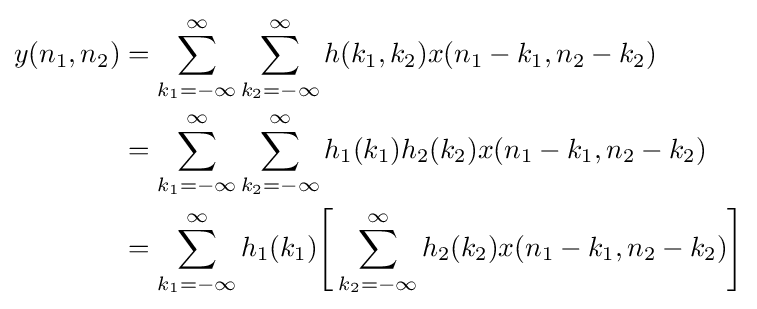
{\begin{aligned}y(n_{1},n_{2})&=\sum _{k_{1}=-\infty }^{\infty }\sum _{k_{2}=-\infty }^{\infty }h(k_{1},k_{2})x(n_{1}-k_{1},n_{2}-k_{2})\\&=\sum _{k_{1}=-\infty }^{\infty }\sum _{k_{2}=-\infty }^{\infty }h_{1}(k_{1})h_{2}(k_{2})x(n_{1}-k_{1},n_{2}-k_{2})\\&=\sum _{k_{1}=-\infty }^{\infty }h_{1}(k_{1}){\Bigg [}\sum _{k_{2}=-\infty }^{\infty }h_{2}(k_{2})x(n_{1}-k_{1},n_{2}-k_{2}){\Bigg ]}\end{aligned}}